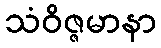
သံဝိဇ္ဇမာနာ